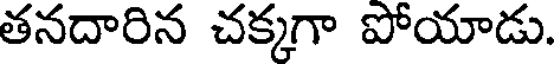
తనదారిన చక్కగా పోయాడు.